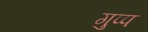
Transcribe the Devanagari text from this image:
गुप्प